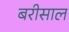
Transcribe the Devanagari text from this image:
बरीसाल